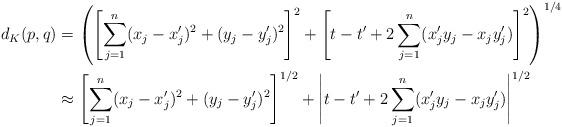
LaTeX: \begin{align*}d_K(p,q) &= \left( \left[ \sum_{j=1}^n (x_j-x_j')^2 + (y_j-y_j')^2 \right]^2 + \left[ t-t' + 2 \sum_{j=1}^n (x_j'y_j - x_j y_j') \right]^2 \right)^{1/4} \\&\approx \left[ \sum_{j=1}^n (x_j-x_j')^2 + (y_j-y_j')^2 \right]^{1/2} + \left| t-t' + 2 \sum_{j=1}^n (x_j'y_j - x_j y_j') \right|^{1/2}\end{align*}